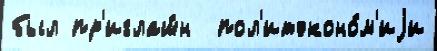
был пр'иглаш́н  пол'итэконо́м'иjи